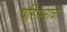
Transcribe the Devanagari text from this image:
परिश्रमांचा